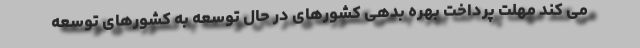
می کند مهلت پرداخت بهره بدهی کشورهای در حال توسعه به کشورهای توسعه